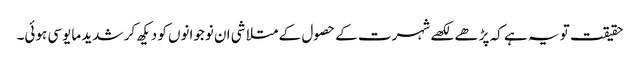
حقیقت تو یہ ہے کہ پڑھے لکھے شہرت کے حصول کے متلاشی ان نوجوانوں کو دیکھ کر شدید مایوسی ہوئی۔